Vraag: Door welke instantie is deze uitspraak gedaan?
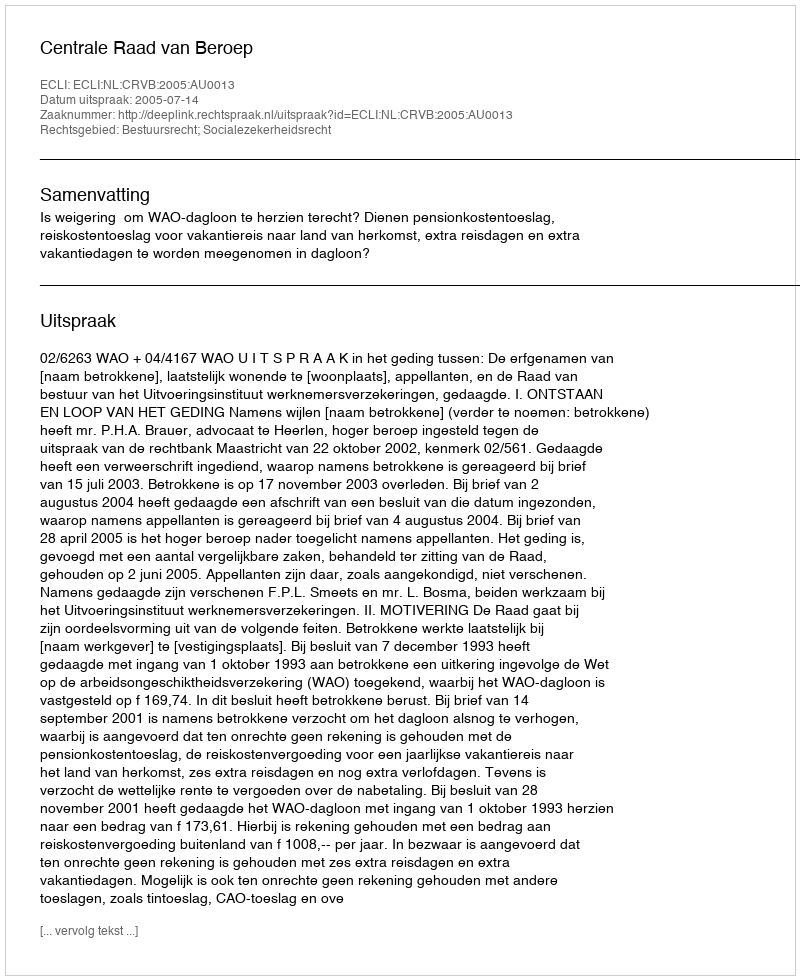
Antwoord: Centrale Raad van Beroep